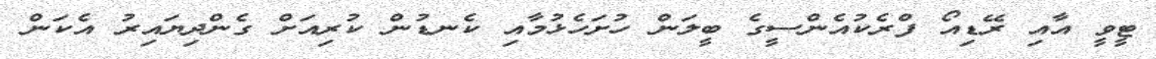
ޓީވީ އާއި ރޭޑިއޯ ފްރެކުއެންސީގެ ބީލަން ހުށަހެޅުމާއި ކެނޑުން ކުރިއަށް ގެންދިޔައިރު އެކަން